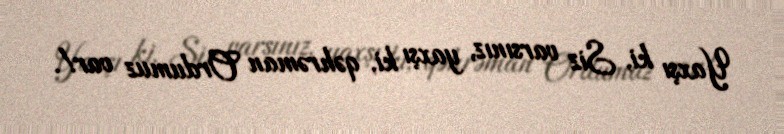
Yaxşı ki, Siz varsınız, yaxşı ki, qəhrəman Ordumuz var!.